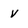
Character: v